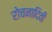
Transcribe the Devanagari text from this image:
रोचनादिवी